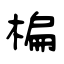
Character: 楄